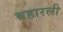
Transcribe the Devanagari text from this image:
बहारली